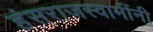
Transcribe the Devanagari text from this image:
हंसराजस्वामींनी